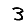
Digit: 3